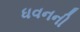
ધવનની